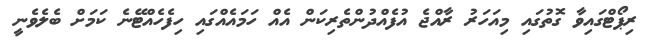
ރިޕޯޓްގައިވާ ގޮތުގައި މިއަހަރު ރާއްޖެ އުފެއްދުންތެރިކަން އެއް ހަމައެއްގައި ހިފެހެއްޓޭނެ ކަމަށް ބެލެވެނީ